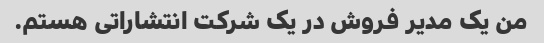
من یک مدیر فروش در یک شرکت انتشاراتی هستم.